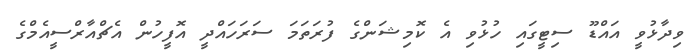
ވިދާޅުވީ އައްޑޫ ސިޓީގައި ހުޅުވި އެ ކޮމިޝަންގެ ފުރަތަމަ ސަރަހައްދީ އޮފީހުން އެޗްއާރްސީއެމްގެ